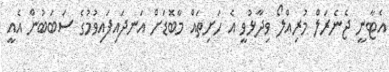
އެޓާނީ ޖެނެރަލް މުރިއްލޯ ވިދާޅުވީ އެ ހަށިތައް މާބޮޑަށް އަނދައިފައިވުމުގެ ސަބަބުން އެއީ